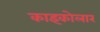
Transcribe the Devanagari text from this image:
काइकोलार